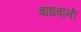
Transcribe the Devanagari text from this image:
बांधवानी